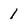
Character: 1